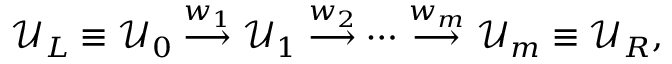
\mathcal { U } _ { L } \equiv \mathcal { U } _ { 0 } \overset { w _ { 1 } } { \longrightarrow } \mathcal { U } _ { 1 } \overset { w _ { 2 } } { \longrightarrow } \cdots \overset { w _ { m } } { \longrightarrow } \mathcal { U } _ { m } \equiv \mathcal { U } _ { R } ,